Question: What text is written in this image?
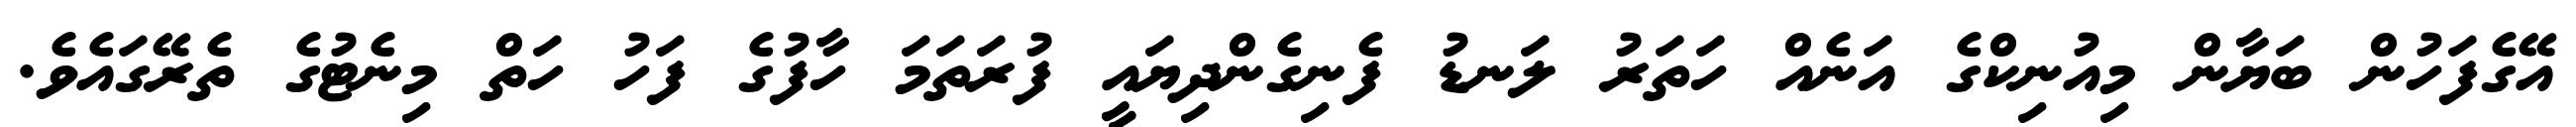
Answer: އޭގެފަހުން ބަޔާން މިއުނިކްގެ އަނެއް ހަތަރު ލަނޑު ފެނިގެންދިޔައީ ފުރަތަމަ ހާފުގެ ފަހު ހަތް މިނެޓުގެ ތެރޭގައެވެ.